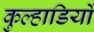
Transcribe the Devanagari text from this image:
कुल्हाडियों